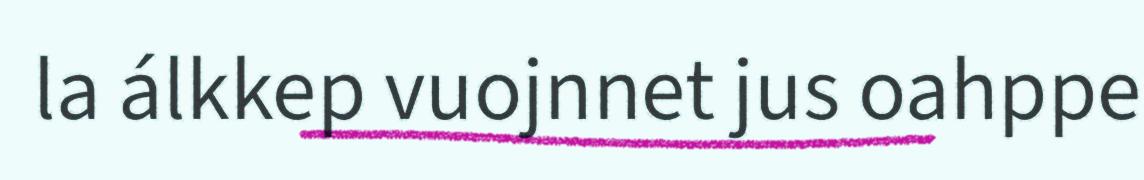
la álkkep vuojnnet jus oahppe